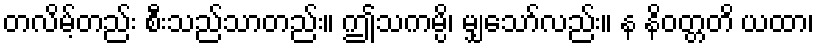
တလိမ့်တည်း စီးသည်သာတည်း။ ဤသကမ္ပိ၊ မျှသော်လည်း။ န နိဝတ္တတိ ယထာ၊